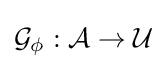
{\mathcal {G}}_{\phi }:{\mathcal {A}}\to {\mathcal {U}}